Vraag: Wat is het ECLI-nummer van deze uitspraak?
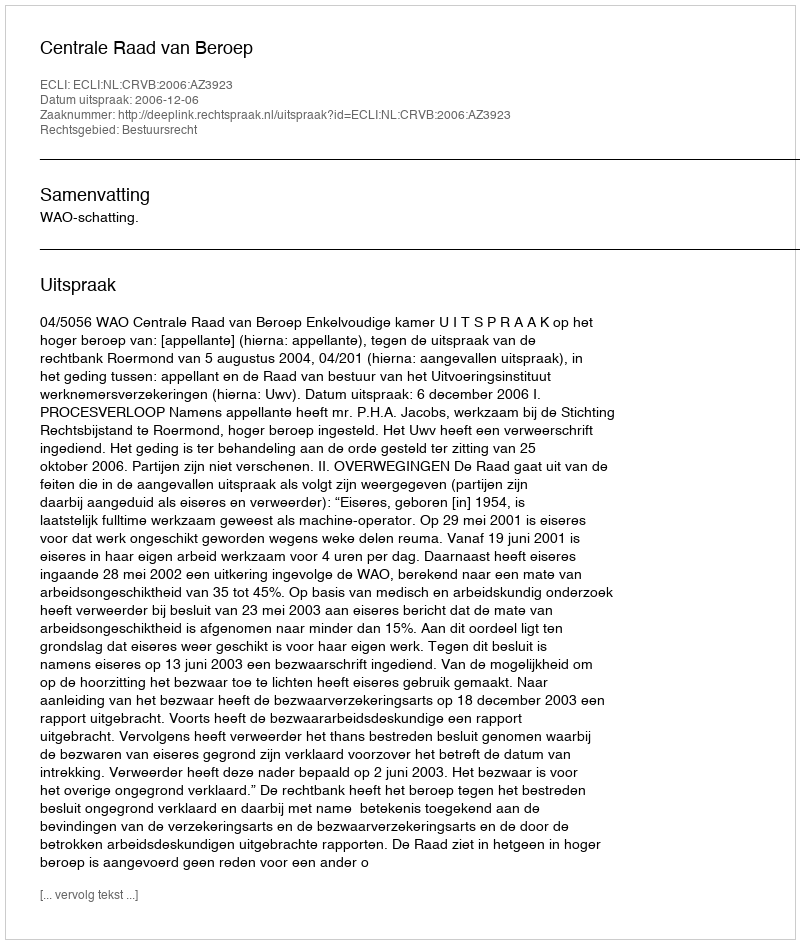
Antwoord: ECLI:NL:CRVB:2006:AZ3923